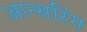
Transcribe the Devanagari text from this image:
आन्सरिंग